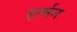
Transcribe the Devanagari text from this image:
हर्त्मन